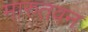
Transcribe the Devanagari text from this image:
मारुतवन